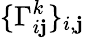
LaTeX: \{ \Gamma_{i\mathbf{j}}^{k}\} _{i,\mathbf{j}}